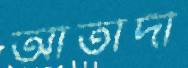
আতাদী